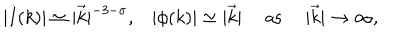
\begin{array} { c c c c } { { | I ( k ) | \simeq | \vec { k } | ^ { - 3 - \sigma } , } } & { { | \phi ( k ) | \simeq | \vec { k } | } } & { { \mathrm { \ a s \ } } } & { { | \vec { k } | \rightarrow \infty , } } \\ \end{array}